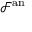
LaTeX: { \mathcal { F } } ^ { \mathrm { a n } }